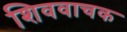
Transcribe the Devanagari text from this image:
शिववाचक